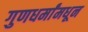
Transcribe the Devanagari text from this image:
गुणधर्मांमधून